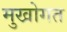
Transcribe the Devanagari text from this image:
मुखोगत